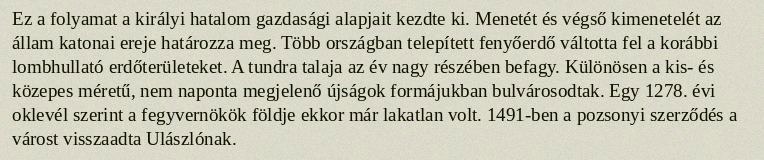
Ez a folyamat a királyi hatalom gazdasági alapjait kezdte ki. Menetét és végső kimenetelét az állam katonai ereje határozza meg. Több országban telepített fenyőerdő váltotta fel a korábbi lombhullató erdőterületeket. A tundra talaja az év nagy részében befagy. Különösen a kis- és közepes méretű, nem naponta megjelenő újságok formájukban bulvárosodtak. Egy 1278. évi oklevél szerint a fegyvernökök földje ekkor már lakatlan volt. 1491-ben a pozsonyi szerződés a várost visszaadta Ulászlónak.